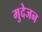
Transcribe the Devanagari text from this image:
मुदेजन